Leaving Certificate Examination (including Day School Certificate (Higher) General paper), 1939
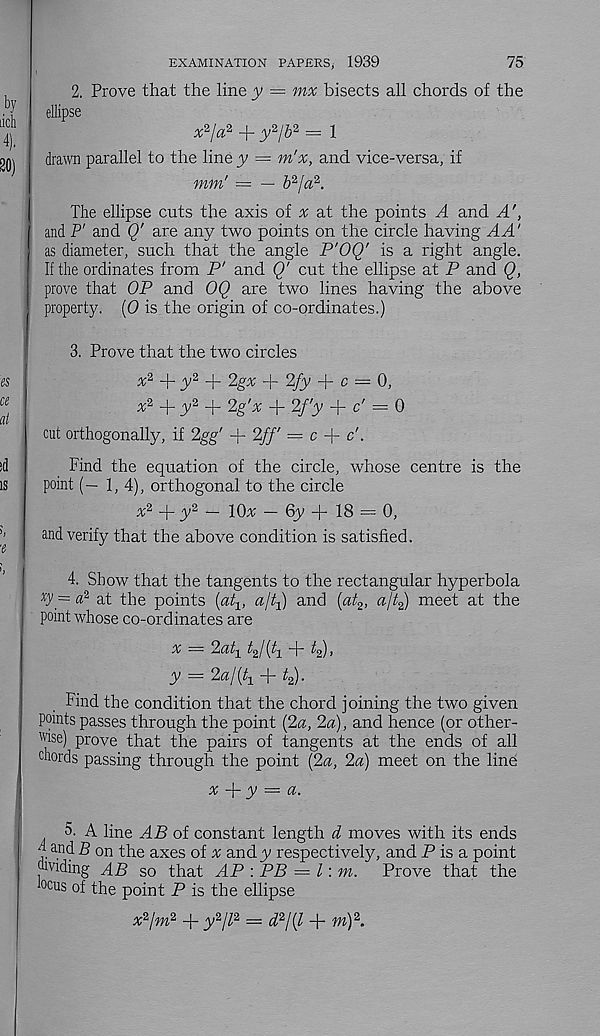
EXAMINATION PAPERS, 1939
75
2. Prove that the line y — mx bisects all chords of the
ellipse
x^ja? + y 2 !b 2 = 1
drawn parallel to the line y — m'x, and vice-versa, if
min' — — 6 2 /a 2 .
The ellipse cuts the axis of ^ at the points A and A',
and P' and Q' are any two points on the circle having A A'
as diameter, such that the angle P'OQ' is a right angle.
If the ordinates from P' and Q' cut the ellipse at P and Q,
prove that OP and OQ are two lines having the above
property. (0 is the origin of co-ordinates.)
3. Prove that the two circles
x 2
y 2
2gx + 2fy + c = 0,
* 2 + y 2 + 2g'x + 2f'y + c' = 0
cut orthogonally, if 2gg' + 2ff = c + c'.
Find the equation of the circle, whose centre is the
point (— 1,4), orthogonal to the circle
x 2 -{- y 2 “ lOx — 6y + 18 = 0,
and verify that the above condition is satisfied.
4. Show that the tangents to the rectangular hyperbola
x y = « 2 at the points (at^ a/ty) and (at 2 , ajt^) meet at the
point whose co-ordinates are
* =
y(4 + y,
y = 2a I (A + t 2 ).
Find the condition that the chord joining the two given
points passes through the point (2a, 2a), and hence (or other-
wise) prove that the pairs of tangents at the ends of all
chords passing through the point (2a, 2a) meet on the line
x A- y = a-
o. A line AB of constant length d moves with its ends
3 and B on the axes of % andy respectively, and P is a point
dividing AB so that AP : PB — l\m.
Prove that the
0CUS °f the point P is the ellipse
x 2 lm 2 -j- y 2 // 2 = d 2 \[l + m) 2 .